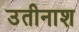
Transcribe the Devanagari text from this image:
उतीनाश